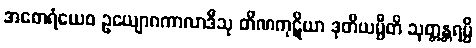
အစောရံယေဝ ဥယျောဂကာလာဒီသု တိဏကုဋိယာ ဒုတိယမ္ပီတိ သုတ္တန္တရမ္ပိ